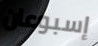
إسبوعان